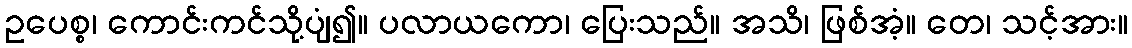
ဥပေစ္စ၊ ကောင်းကင်သို့ပျံ၍။ ပလာယကော၊ ပြေးသည်။ အသိ၊ ဖြစ်အံ့။ တေ၊ သင့်အား။